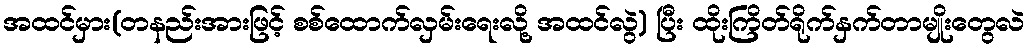
အထင်မှား(တနည်းအားဖြင့် စစ်ထောက်လှမ်းရေးလို့ အထင်လွဲ) ပြီး ထိုးကြိတ်ရိုက်နှက်တာမျိုးတွေလဲ